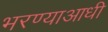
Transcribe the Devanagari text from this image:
भरण्याआधी